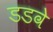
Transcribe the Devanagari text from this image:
डडवे